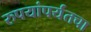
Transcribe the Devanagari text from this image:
रुपयांपर्यंतचा